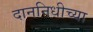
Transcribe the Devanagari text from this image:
दाननिधीच्या